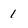
Character: 1